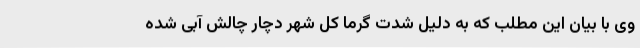
وی با بیان این مطلب که به دلیل شدت گرما کل شهر دچار چالش آبی شده